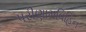
પરીણામવિહિન